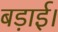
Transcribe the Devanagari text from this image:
बड़ाई।